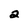
Character: 2